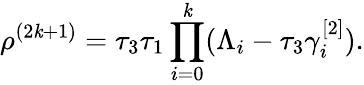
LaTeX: \rho^{(2\mathit{k}+1)}=\tau_{3}\tau_{1}\prod_{i=0}^{\mathit{k}}(\Lambda_{i}-\tau_{3}\gamma_{i}^{[2]}).